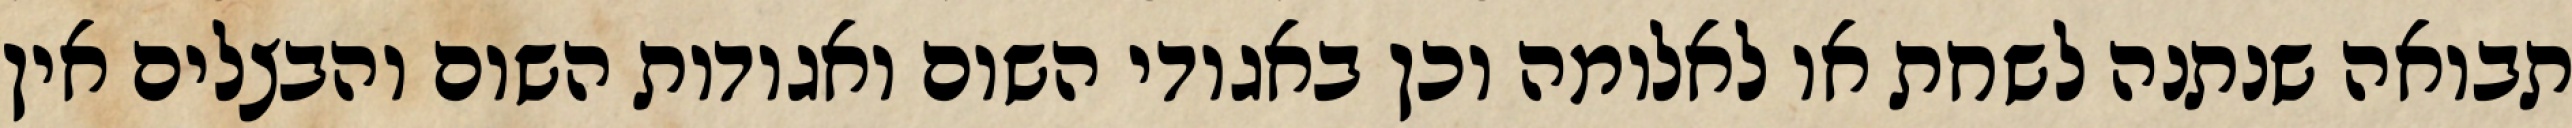
תבואה שנתנה לשחת או לאלומה וכן באגודי השום ואגודות השום והבצלים אין